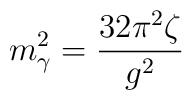
m_\gamma^2 =\frac{32\pi ^2\zeta }{g^2}